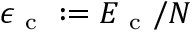
\epsilon _ { \mathrm { ~ c ~ } } : = E _ { \mathrm { ~ c ~ } } / N